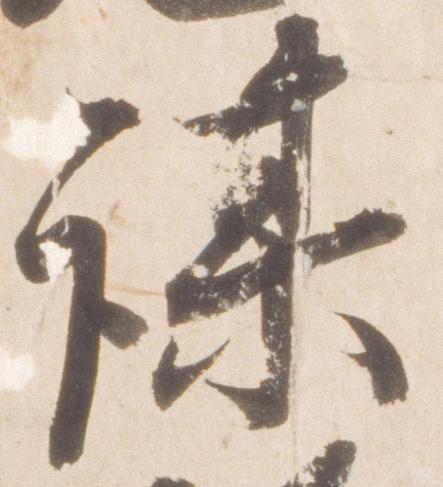
謀